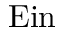
\operatorname { E i n }